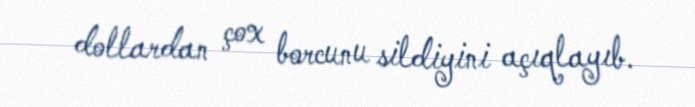
dollardan çox borcunu sildiyini açıqlayıb.